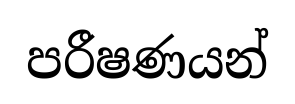
පරීෂණයන්